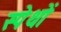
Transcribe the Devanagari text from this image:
स्पेथों